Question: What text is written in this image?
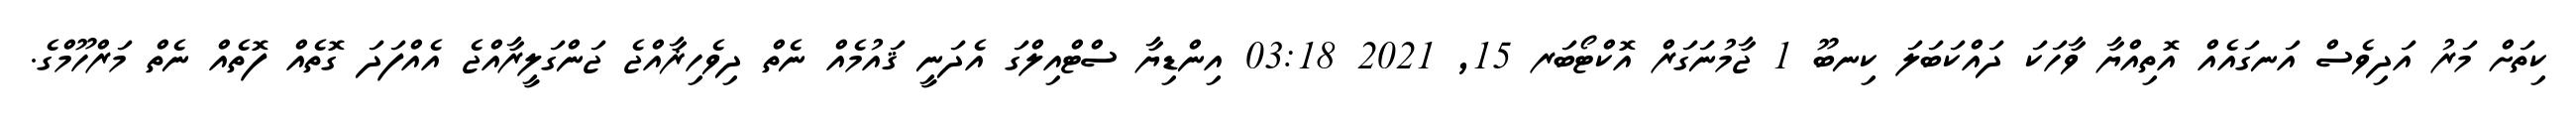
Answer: ކިތަށް މަރު އަދިވެސް އަނގައެއް އޮތިއްޔާ ވާހަކަ ދައްކަބަލަ ކިނބޫ 1 ޖާމުނަގަރް އޮކްޓޯބަރ 15, 2021 03:18 އިންޑިޔާ ސްޓްއިލްގަ އެދަނީ ޤައުމެއް ނެތް ދިވެހިޜާއްޖެ ޖަންގަލީރާއްޖެ އެއްފަދަ ގޮތެއް ފޮތެއް ނެތް މަރްހޫމްގެ.